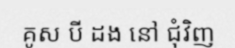
គូស បី ដង នៅ ជុំវិញ